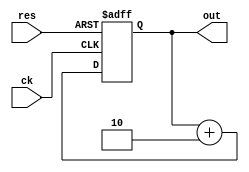
module  count4r2(out,ck,res);
  output	[3:0] out;
  input		ck, res;
  reg		[3:0] q;
  always @(posedge ck or negedge res) begin
	if( !res)	q<= 0;
	else		q <= q+2;
  end
  assign out = q;
endmodule